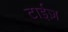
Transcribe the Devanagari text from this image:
टाईज़